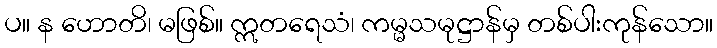
ပ။ န ဟောတိ၊ မဖြစ်။ ဣတရေသံ၊ ကမ္မသမုဋ္ဌာန်မှ တစ်ပါးကုန်သော။